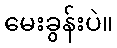
မေးခွန်းပဲ။